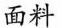
面料